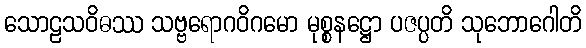
သောဠသဝိဓဿ သဗ္ဗရောဂဝိဂမော မုစ္စနဋ္ဌော ပဇပ္ပတိ သုဘောဂေါတိ